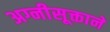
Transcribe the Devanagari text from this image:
अग्नीसूक्ताने